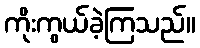
ကိုးကွယ်ခဲ့ကြသည်။